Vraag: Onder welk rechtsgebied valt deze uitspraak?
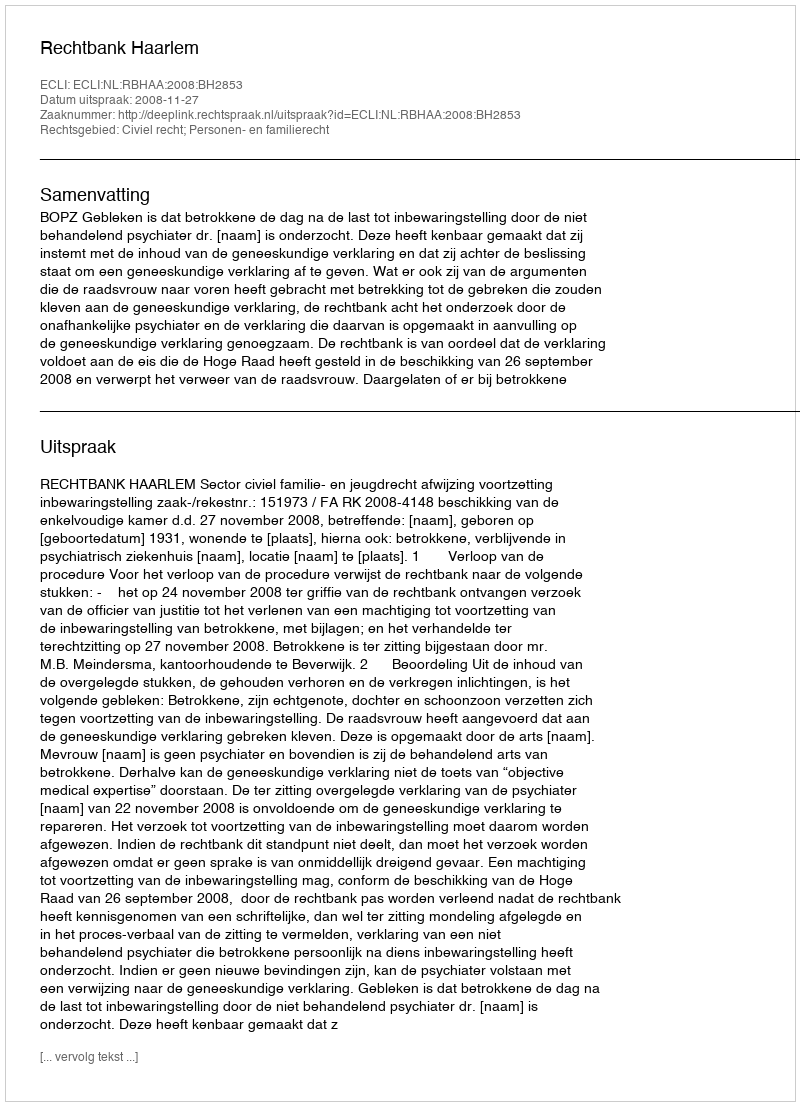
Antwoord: Civiel recht; Personen- en familierecht